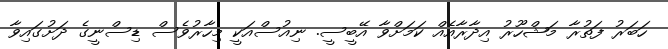
ހަބަރު ފަތުރާ މަޝްހޫރު އިދާރާއެއް ކަމަށްވާ އޭބީސީ. ނިއުސްއަކީ މިހާރުވެސް ޑިސްނީގެ ދަށުގައިވާ